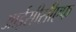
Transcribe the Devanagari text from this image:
आईसीसीएफ